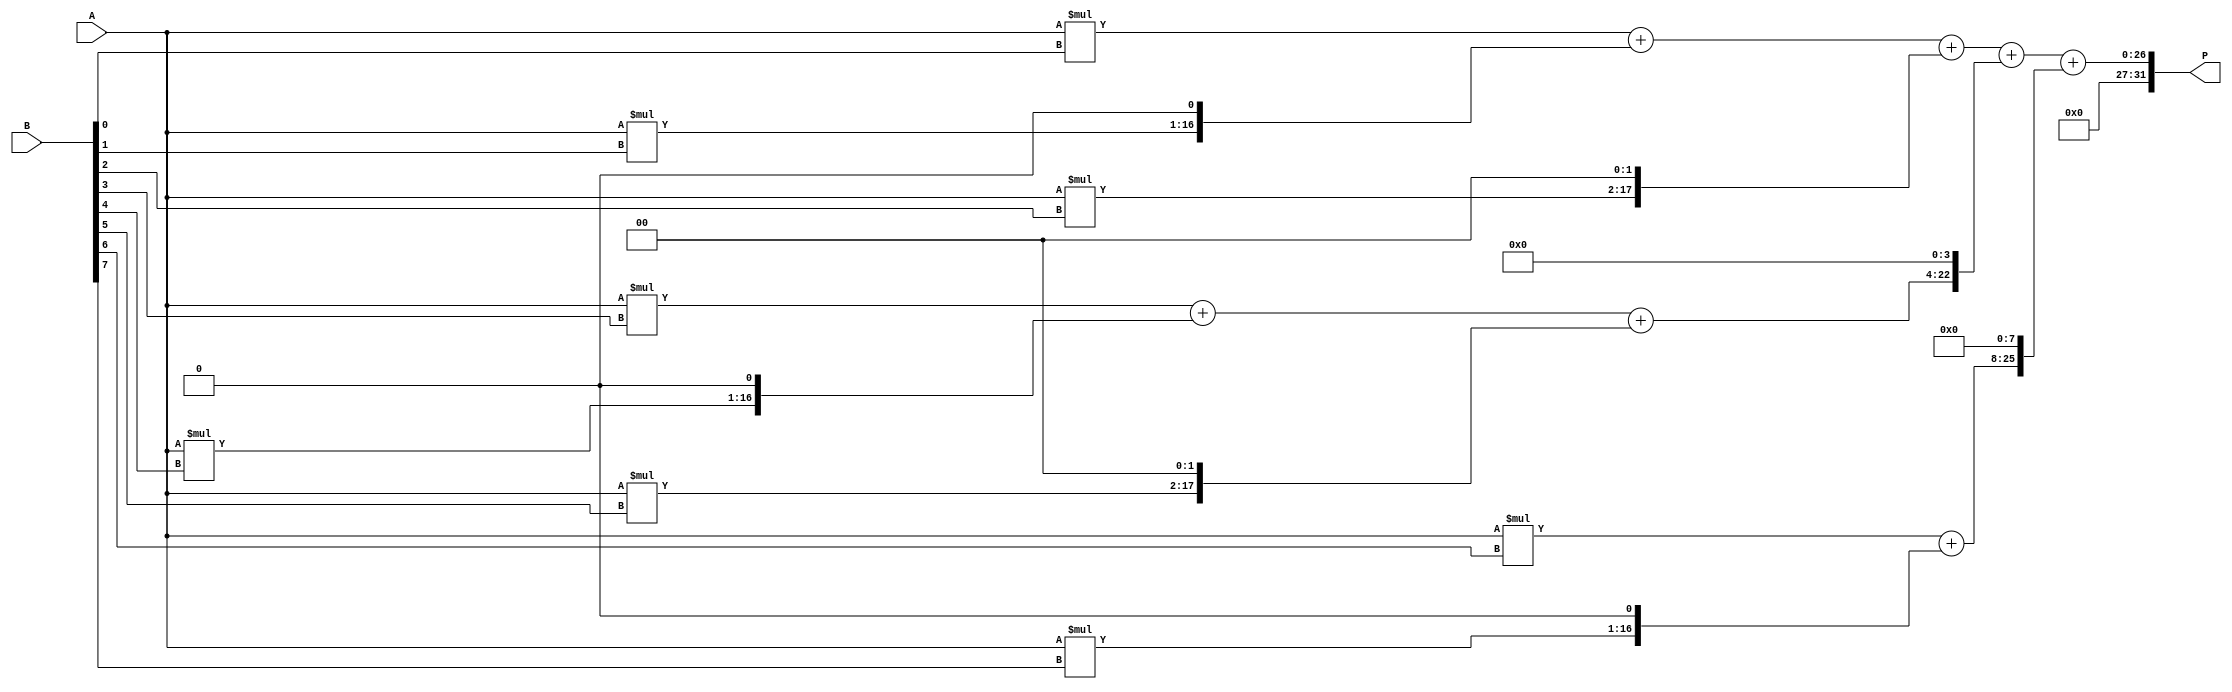
module dadda_multiplier(
    input wire [15:0] A,
    input wire [15:0] B,
    output wire [31:0] P
);

reg [31:0] Product;

// Arithmetic blocks for partial product generation
reg [15:0] Pprod1, Pprod2, Pprod3, Pprod4, Pprod5, Pprod6, Pprod7, Pprod8;
reg [31:0] Psum1, Psum2, Psum3, Psum4, Psum5, Psum6, Psum7;

// Generate partial products
assign Pprod1 = A * B[0];
assign Pprod2 = A * B[1];
assign Pprod3 = A * B[2];
assign Pprod4 = A * B[3];
assign Pprod5 = A * B[4];
assign Pprod6 = A * B[5];
assign Pprod7 = A * B[6];
assign Pprod8 = A * B[7];

// Generate partial sums using Dadda Multiplier architecture
assign Psum1 = Pprod1 + (Pprod2 << 1) + (Pprod3 << 2);
assign Psum2 = Pprod4 + (Pprod5 << 1) + (Pprod6 << 2);
assign Psum3 = Pprod7 + (Pprod8 << 1);

// Combine partial sums to produce final product
always @* begin
    Product = Psum1 + (Psum2 << 4) + (Psum3 << 8);
end

// Output final product
assign P = Product;

endmodule